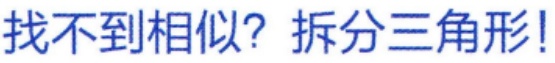
找不到相似？拆分三角形！